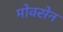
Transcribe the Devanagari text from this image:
मोक्सेन